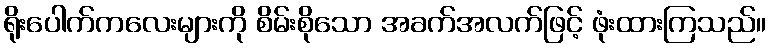
ရိုးပေါက်ကလေးများကို စိမ်းစိုသော အခက်အလက်ဖြင့် ဖုံးထားကြသည်။